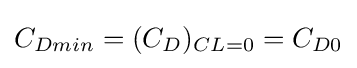
C_{Dmin}=(C_{D})_{CL=0}=C_{D0}